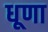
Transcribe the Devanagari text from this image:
धूणा